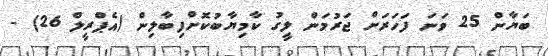
ބަޔާން 25 ވަނަ ފަހަރަށް ޖަރުމަން ލީގު ކާމިޔާބުކޮށްފިބާލިން (އެޕްރީލް 26) -